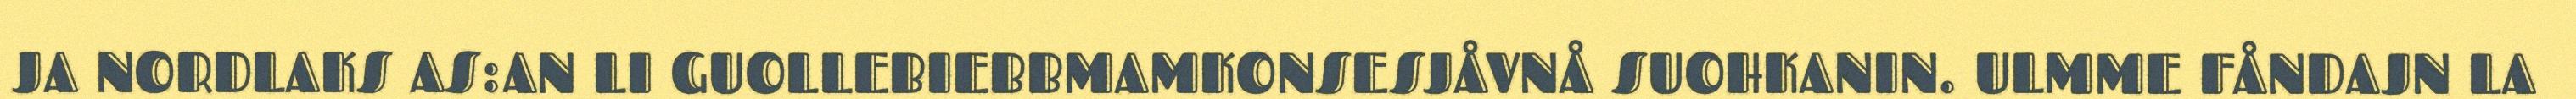
JA NORDLAKS AS:AN LI GUOLLEBIEBBMAMKONSESJÅVNÅ SUOHKANIN. ULMME FÅNDAJN LA